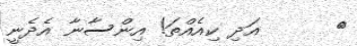
٥      އަދި ކިއެއްތަ! އިންސާނާ އެދެނީ